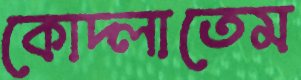
কোদ্‌লাতেম